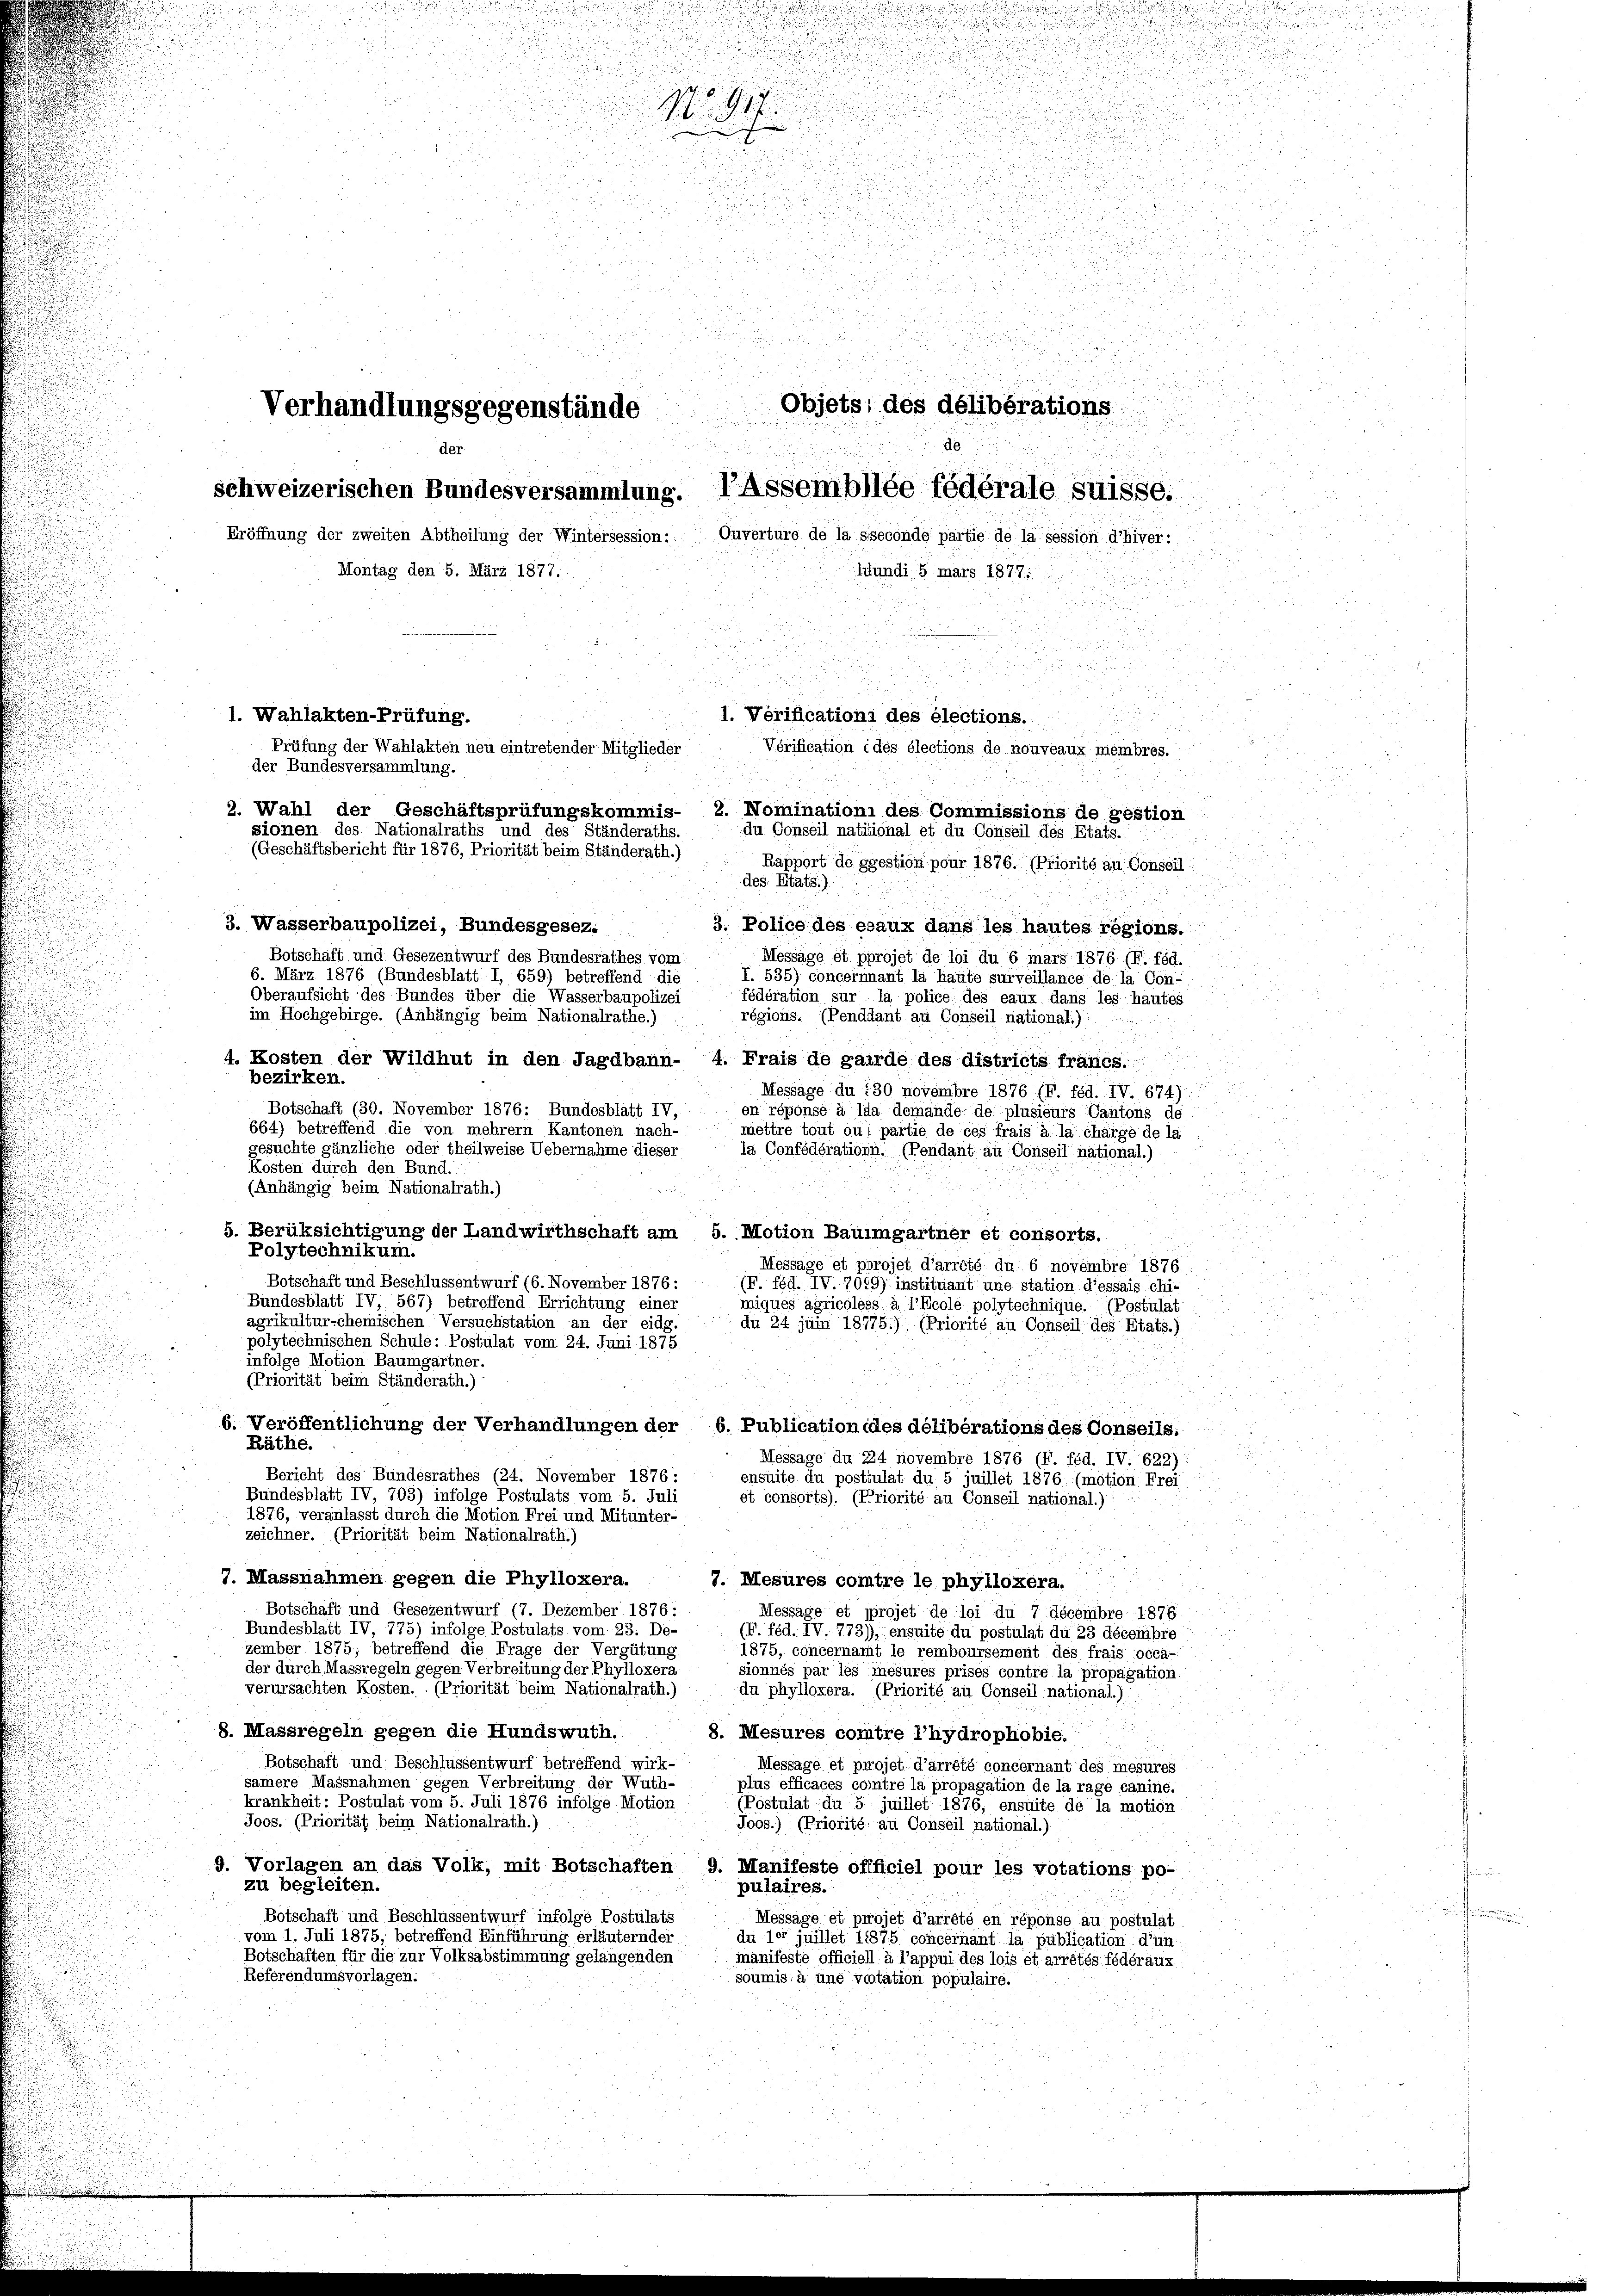
1917.
Objets des délibérations
Verhandlungsgegenstände
d
der
schweizerischen Bundesversammlung. IAssembliée fédérale suisse.
Eröffnung der zweiten Abtheilung der Wintersession: Ouverture de la sseconde partie de la session d’hiver:
Montag den 5. März 1877.
ldundi 5 mars 1877:

5
1. Wahlakten-Prüfung.
1. Verifications des élections.
Prüfung der Wahlakten neu eintretender Mitglieder
Vérification ides élections de nouveaux membres.
der Bundesversammlung.
2. Wahl der Geschäftsprüfungskommis- 2. Nominationi des Commissions de gestion
sionen des Nationalraths und des Ständeraths.
du Conseil natitional et du Conseil des Etats.
(Geschäftsbericht für 1876, Priorität beim Ständerath.)
Rapport de ggestion pour 1876. (Priorité au Conseil:
des Etats.)

3. Wasserbaupolizei, Bundesgesez.
3. Police des esaux dans les hautes régions.
Botschäft und Gesezentwurf des Bundesrathes vom
Messäge et pprojet de loi du 6 mars 1876 (F. féd.
6. März 1876 (Bundesblatt I, 659) betreffend die
I. 535) concernnant la haute surveillance de la Con-
Oberaufsicht des Bundes über die Wasserbaupolizei
fédération sur la police des eaux dans les hautes
im Hochgebirge. (Anhängig beim Nationalrathe.)
régions. (Penddant au Conseil national.)
55. 7
4. Kosten der Wildhut in den Jagdbann- 4. Frais de garde des districts francs
bezirken.
Message du 130 novembre 1876 (F. féd. IV. 674):
Botschaft (30. November 1876: Bundesblatt IV,
en réponse à Ida demande de plusieurs Cantons de
664) betreffend die von mehrern Kantonen nach-
mettre tout ou partie de ces frais à la charge de la
gesuchte gänzliche oder theilweise Uebernahme dieser
la Confédérationn. (Pendant au Conseil national.)
Kosten durch den Bund.
(Anhängig beim Nationalrath.)
5. Berüksichtigung der Landwirthschaft am 5. Motion Bauimgartner et consorts.
Polytechnikum.
Messäge et porojet d’arrêté du 6 novembre 1876
Botschaft und Beschlussentwurf (6. November 1876:
(F. féd. IV. 7069) instituant une station d’essais chi-
Bundesblatt IV, 567) betreffend Errichtung einer
miqués agricoless à l’Ecole polytechnique. (Postulat
agrikultur-chemischen Versuchstation an der eidg.
du 24 juin 187751), (Priorité au Conseil des Etats.)
polytechnischen Schule: Postulat vom 24. Juni 1875
infolge Motion Baumgartner.
(Priorität beim Ständerath.)
6. Veröffentlichung der Verhandlungen der 6. Publication des délibérations des Conseils,
Räthe.
Message du 24 novembre 1876 (F. féd. IV. 622)
Bericht des Bundesrathes (24. November 1876 :
ensuite du postiulat du 5 juillet 1876 (motion Frei
Bundesblatt IV, 703) infolge Postulats vom 5. Juli
et consorts). (Priorité au Conseil national.)
1876, veranlasst durch die Motion Frei und Mitunter-
zeichner. (Priorität beim Nationalrath.)
7. Massnahmen gegen die Phylloxera.
7. Mesures comtre le phylloxera.
Botschaft und Gesezentwurf (7. Dezember 1876 :
Message et projet de loi du 7 décembre 1876
Bundesblatt IV, 775) infolge Postulats vom 23. De-
(F. féd. IV. 773), ensuite du postulat du 23 décembre
zember 1875; betreffend die Frage der Vergütung.
1875, concernamt le remboursement des frais occa-
der durch Massregeln gegen Verbreitung der Phylloxera
sionnés par les mesures prisés contre la propagation,
verursachten Kosten. (Priorität beim Nationalrath.)
du phylloxera. (Priorité au Conseil national.)
8. Massregeln gegen die Hundswuth.
8. Mesures comtre l’hydrophobie.
Botschaft und Beschlussentwurf betreffend wirk-
Message et projet d’arrété concernant des mesures
samere Massnahmen gegen Verbreitung der Wuth-
plus efficaces contre la propagation de la rage canine.
krankheit: Postulat vom 5. Juli 1876 infolge. Motion
(Postulat du 5 juillet 1876, ensuite de la motion
Joos. (Priorität beim Nationalrath.)
Joos.) (Priorité au Conseil national.)
9. Vorlagen an das Volk, mit Botschaften 9. Manifeste offficiel pour les votations po-
zu begleiten.
pulaires.
Botschaft und Beschlussentwurf infolge Postulats
Message et projet d’arrété en réponse au postulat
vom 1. Juli 1875, betreffend Einführung erläuternder
du der juillet 11875 concernant la publication d’un
Botschaften für die zur Volksabstimmung gelangenden
manifeste officiell à l’appui des lois et arrêtés fédéraux
Referendumsvorlagen.
soumis à une vcotation populaire.

u

u
225 f